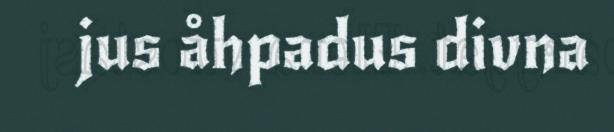
jus åhpadus divna